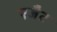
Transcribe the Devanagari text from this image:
एजैेट